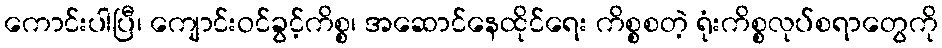
ကောင်းပါပြီ၊ ကျောင်းဝင်ခွင့်ကိစ္စ၊ အဆောင်နေထိုင်ရေး ကိစ္စစတဲ့ ရုံးကိစ္စလုပ်စရာတွေကို